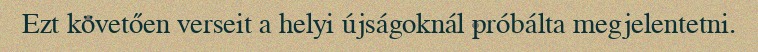
Ezt követően verseit a helyi újságoknál próbálta megjelentetni.